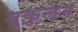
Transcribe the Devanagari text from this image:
मुकुलेन